Scottish Certificate of Education, 1962
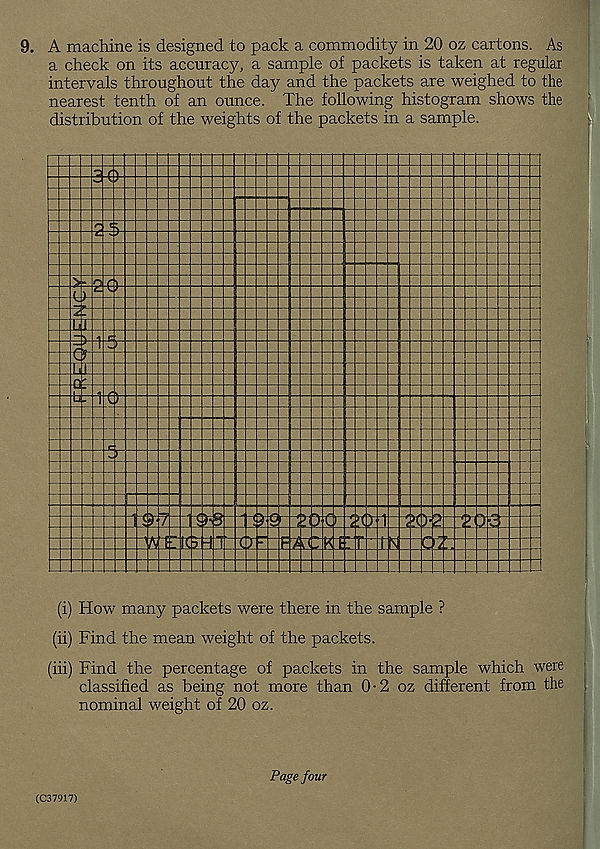
9. A machine is designed to pack a commodity in 20 oz cartons. As
a check on its accuracy, a sample of packets is taken at regular
intervals throughout the day and the packets are weighed to the
nearest tenth of an ounce. The following histogram shows the
distribution of the weights of the packets in a sample.
(A
El
e
c:-
0
O
7
IQ
im
T 0
m
EIZC
m
t5
cs:
(i) How many packets were there in the sample ?
(ii) Find the mean weight of the packets.
(hi) Find the percentage of packets in the sample which were
classified as being not more than 0-2 oz different from the
nominal weight of 20 oz.
Page four